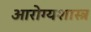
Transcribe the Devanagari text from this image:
आरोग्यशास्त्र